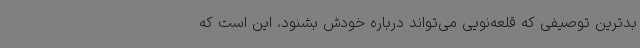
بدترین توصیفی که قلعه‌نویی می‌تواند درباره خودش بشنود، این است که